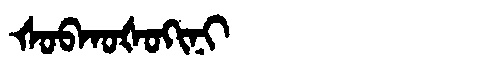
Manchu: ᡧᠣᠪᡴᠣᡧᠣᡴᡳᠨᡳ
Romanization: ŠOBKOŠOKINI